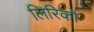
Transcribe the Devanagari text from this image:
लिरिकों